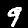
Digit: 9